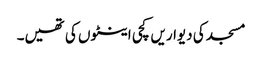
مسجد کی دیواریں کچی اینٹوں کی تھیں۔